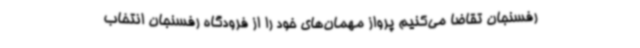
رفسنجان تقاضا می‌کنیم پرواز مهمان‌های خود را از فرودگاه رفسنجان انتخاب